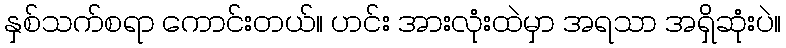
နှစ်သက်စရာ ကောင်းတယ်။ ဟင်း အားလုံးထဲမှာ အရသာ အရှိဆုံးပဲ။